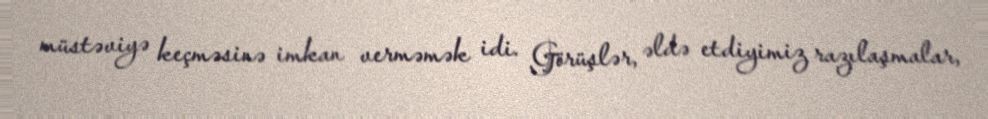
müstəviyə keçməsinə imkan verməmək idi. Görüşlər, əldə etdiyimiz razılaşmalar,